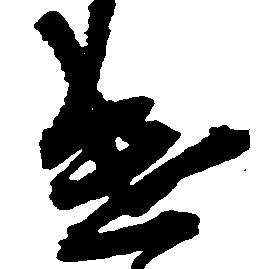
遣